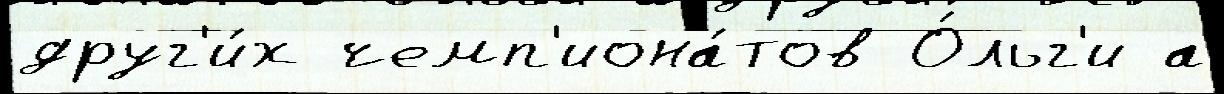
друг'и́х чемп'иона́тов О́льг'и а